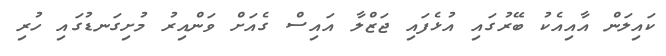
ކައިލަން އާއިއެކު ބޭރުގައި އުޅެފައި ޖަޒްލާ އައިސް ގެއަށް ވަންއިރު މުށިގަނޑުގައި ހުރި